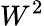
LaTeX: W^{2}